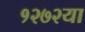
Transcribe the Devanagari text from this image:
१२७२या